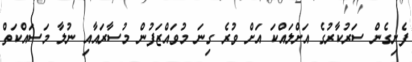
ފެށިގެން ސަރުކާރުގެ އަށްލައްކަ އަށް ވުރެ ގިނަ މުވައްޒަފުން މުސާރައާއި ނުލާ މަސައްކަތް